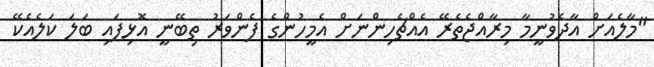
"މާލެއަށް އާދެވުނީމާ މިރާއްޖެތެރޭ އެއްޗެހިންނަށް އެމީހުންގެ ފެންވަރު ތިބޭނީ އޮޅިފައި ބަލަ ކަލެއެކޭ